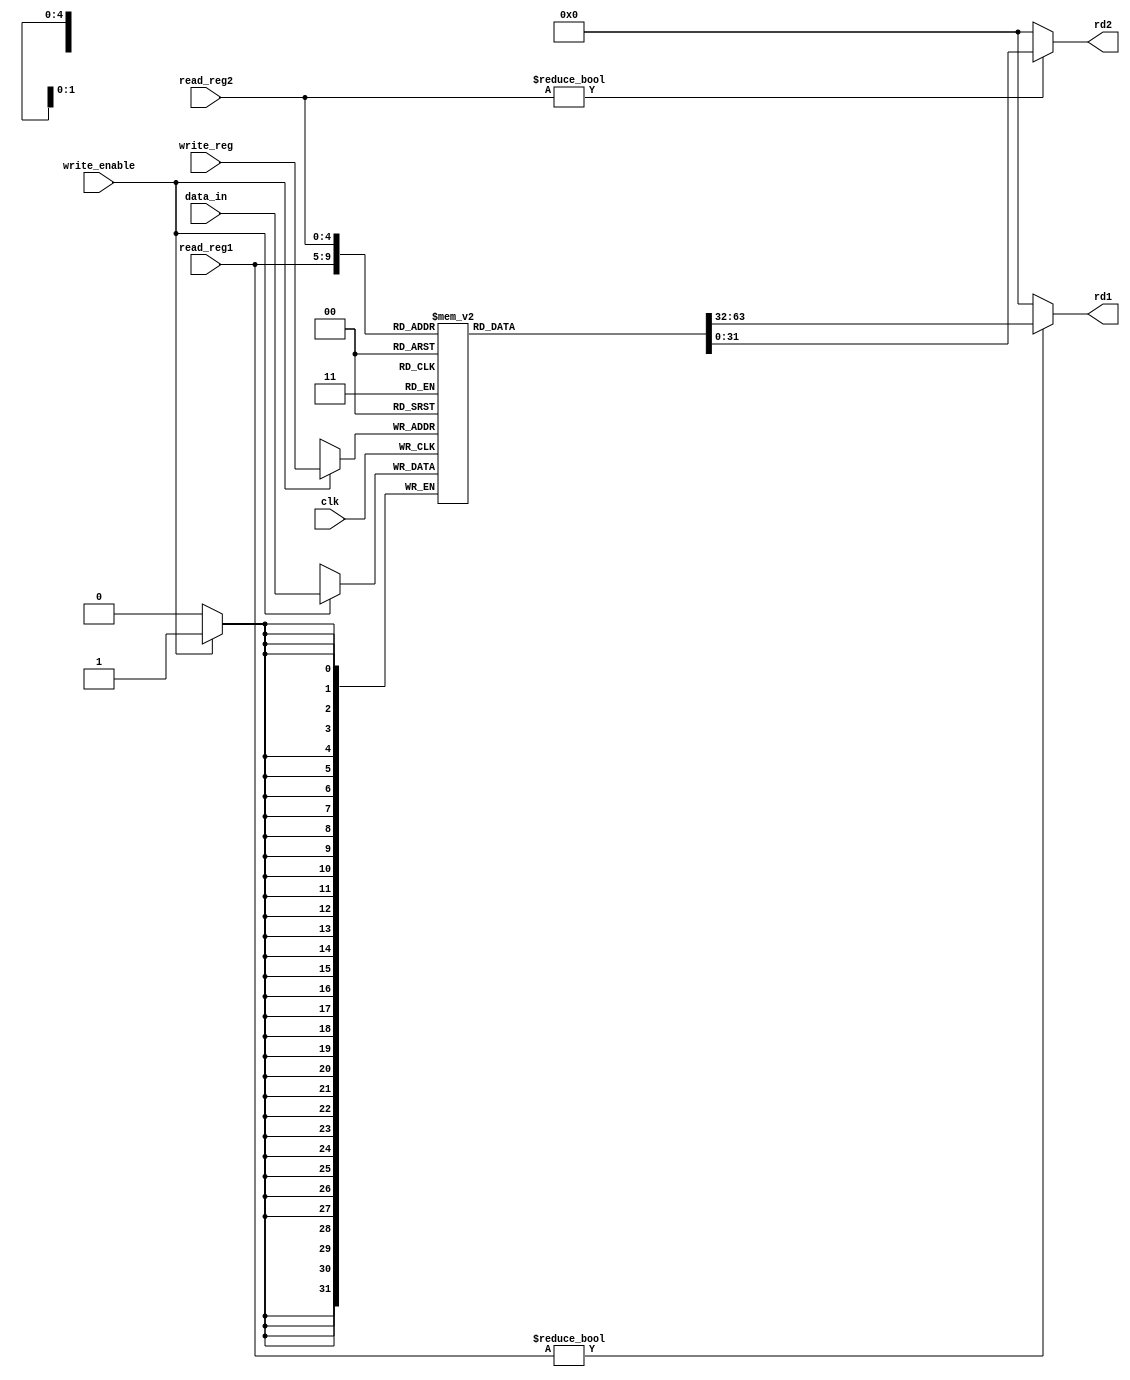
module reg_file(
    input clk, // clock
    input write_enable, // write enable
    input [31:0] data_in, // data to be written
    input [4:0] read_reg1, // register 1
    input [4:0] read_reg2, // register 2
    input [4:0] write_reg, // register to be written

    output wire [31:0] rd1, // data to be read
    output wire [31:0] rd2 // data to be read
);

    reg [31:0] registers [0:31]; // register file

    // three ported register file
    // read ports are always enabled, write port is enabled when write_enable is high
    // read ports are combinationally assigned, write port is assigned with clock edge
    // register zero is always zero


    // assign data_out1 and data_out2
    assign rd1 = (read_reg1) ? registers[read_reg1] : 0;
    assign rd2 = (read_reg2) ? registers[read_reg2] : 0;

    // assign register file
    always @(posedge clk) begin
        #1;
        if (write_enable) begin
            registers[write_reg] <= data_in;
        end
    end
endmodule